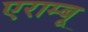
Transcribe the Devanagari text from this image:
एराम्बू